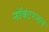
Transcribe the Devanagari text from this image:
नॉक्टरनल